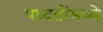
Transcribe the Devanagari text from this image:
पध्दतींमध्ये